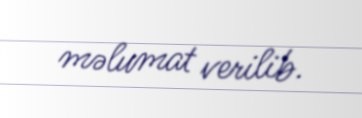
məlumat verilib.